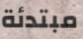
مبتدئة